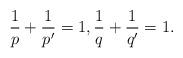
LaTeX: \begin{align*}\frac 1 p + \frac 1 {p'} = 1, \frac 1 q + \frac 1 {q'} = 1.\end{align*}